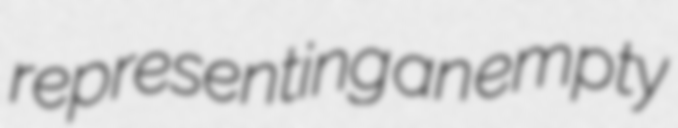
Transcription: representing an empty